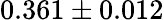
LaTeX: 0.361\pm 0.012